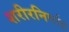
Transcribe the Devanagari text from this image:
शरीरनिर्वाह